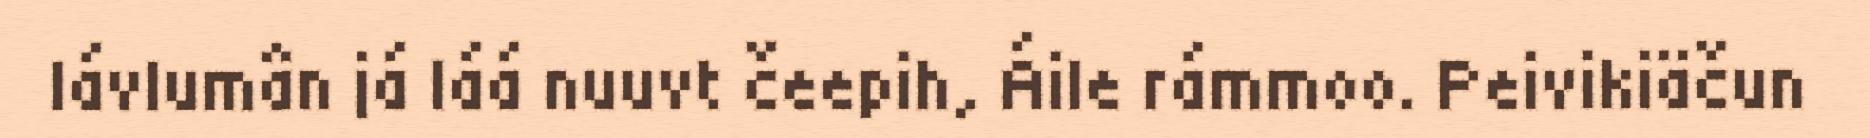
lávlumân já láá nuuvt čeepih, Áile rámmoo. Peivikiäčun